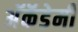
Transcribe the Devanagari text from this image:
अॅकॅडेमी